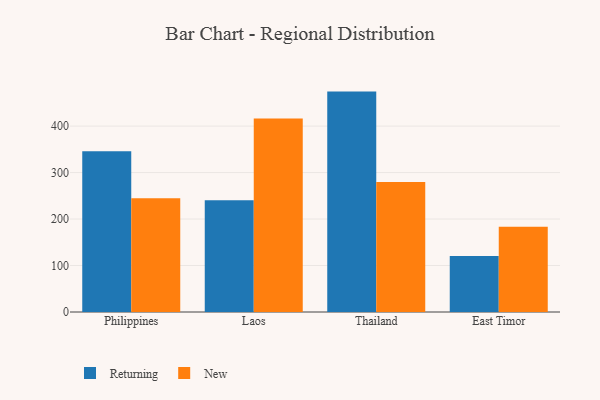
{"axis": {"x": "Country", "y": "Tickets Resolved"}, "legend": ["New", "Returning"], "data": [{"x": "Philippines", "y": 346.1, "type": "Returning"}, {"x": "Philippines", "y": 244.8, "type": "New"}, {"x": "Laos", "y": 240.2, "type": "Returning"}, {"x": "Laos", "y": 416.1, "type": "New"}, {"x": "Thailand", "y": 474.2, "type": "Returning"}, {"x": "Thailand", "y": 279.7, "type": "New"}, {"x": "East Timor", "y": 120.6, "type": "Returning"}, {"x": "East Timor", "y": 183.3, "type": "New"}]}